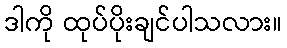
ဒါကို ထုပ်ပိုးချင်ပါသလား။